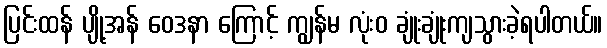
ပြင်းထန် ပျို့အန် ဝေဒနာ ကြောင့် ကျွန်မ လုံးဝ ချုံးချုံးကျသွားခဲ့ရပါတယ်။